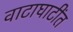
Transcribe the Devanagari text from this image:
वाटाघाटींत